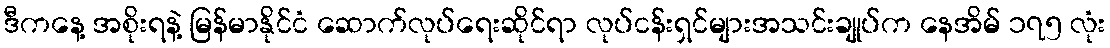
ဒီကနေ့ အစိုးရနဲ့ မြန်မာနိုင်ငံ ဆောက်လုပ်ရေးဆိုင်ရာ လုပ်ငန်းရှင်များအသင်းချုပ်က နေအိမ် ၁၇၅ လုံး